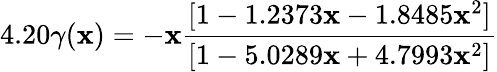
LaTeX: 4.20\gamma(\mathbf{x})=-\mathbf{x}\frac{{[1-1.2373\mathbf{x}-1.8485\mathbf{x}^{2}]}}{{[1-5.0289\mathbf{x}+4.7993\mathbf{x}^{2}]}}